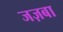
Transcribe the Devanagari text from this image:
जज़बा